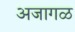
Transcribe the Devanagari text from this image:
अजागळ